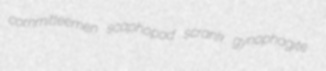
committeemen scaphopod scrank gynophagite